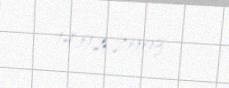
14.02.2003